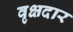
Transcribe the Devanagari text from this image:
वृक्षदार